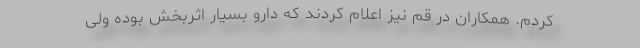
کردم. همکاران در قم نیز اعلام کردند که دارو بسیار اثربخش بوده ولی